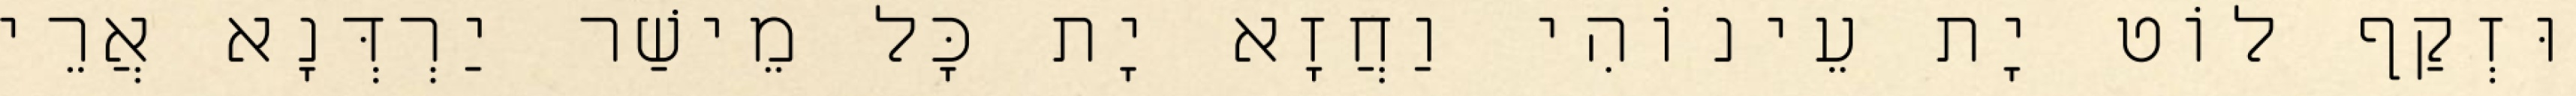
וּזְקַף לוֹט יָת עֵינוֹהִי וַחֲזָא יָת כָּל מֵישַׁר יַרְדְּנָא אֲרֵי